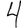
Digit: 4